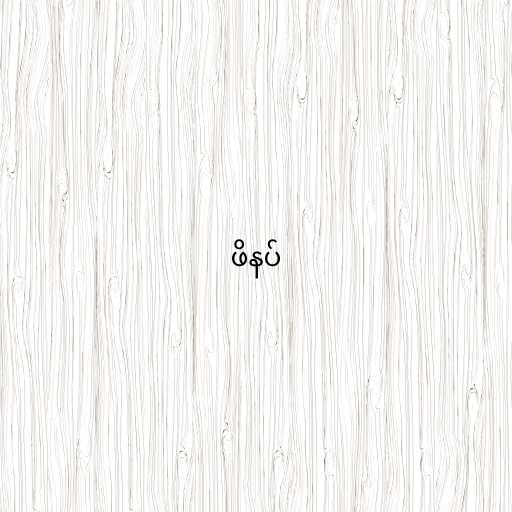
ဖိနပ်